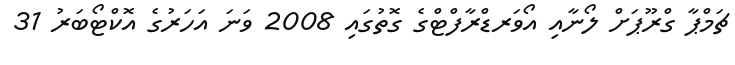
ޗަމްޕާ ގްރޫޕަށް ލޯނާއި އޯވަރޑްރާފްޓްގެ ގޮތުގައި 2008 ވަނަ އަހަރުގެ އޮކްޓޯބަރު 31